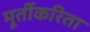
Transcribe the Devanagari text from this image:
मूर्तीकरिता